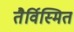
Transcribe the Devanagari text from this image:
तैर्विस्मित